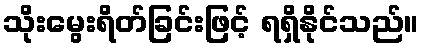
သိုးမွေးရိတ်ခြင်းဖြင့် ရရှိနိုင်သည်။